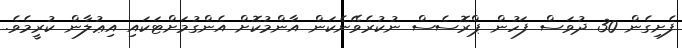
ފެށިގެން 30 ދުވަސް ފަހުން ޕްރޮސެސް ނުކުރެވޭނެކަން އާންމުކޮށް އެންގުމަށްޓަކައި އިޢުލާން ކުރީމެވެ.